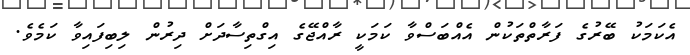
އެކަމަކު ބޭރުގެ ފަރާތްތަކުން އެއްބަސްވާ ކަމަކީ ރާއްޖޭގެ އިގްތިސާދަށް ދިރުން ލިބިފައިވާ ކަމެވެ.